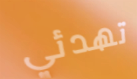
تهدئي